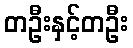
တဦးနှင့်တဦး